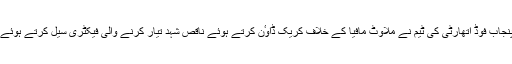
23مئی2017ء) : پنجاب فوڈ اتھارٹی کی ٹیم نے ملاوٹ مافیا کے خلاف کریک ڈاوٴن کرتے ہوئے ناقص شہد تیار کرنے والی فیکٹری سیل کرتے ہوئے 30 ٹن شہد پکڑ لیا۔